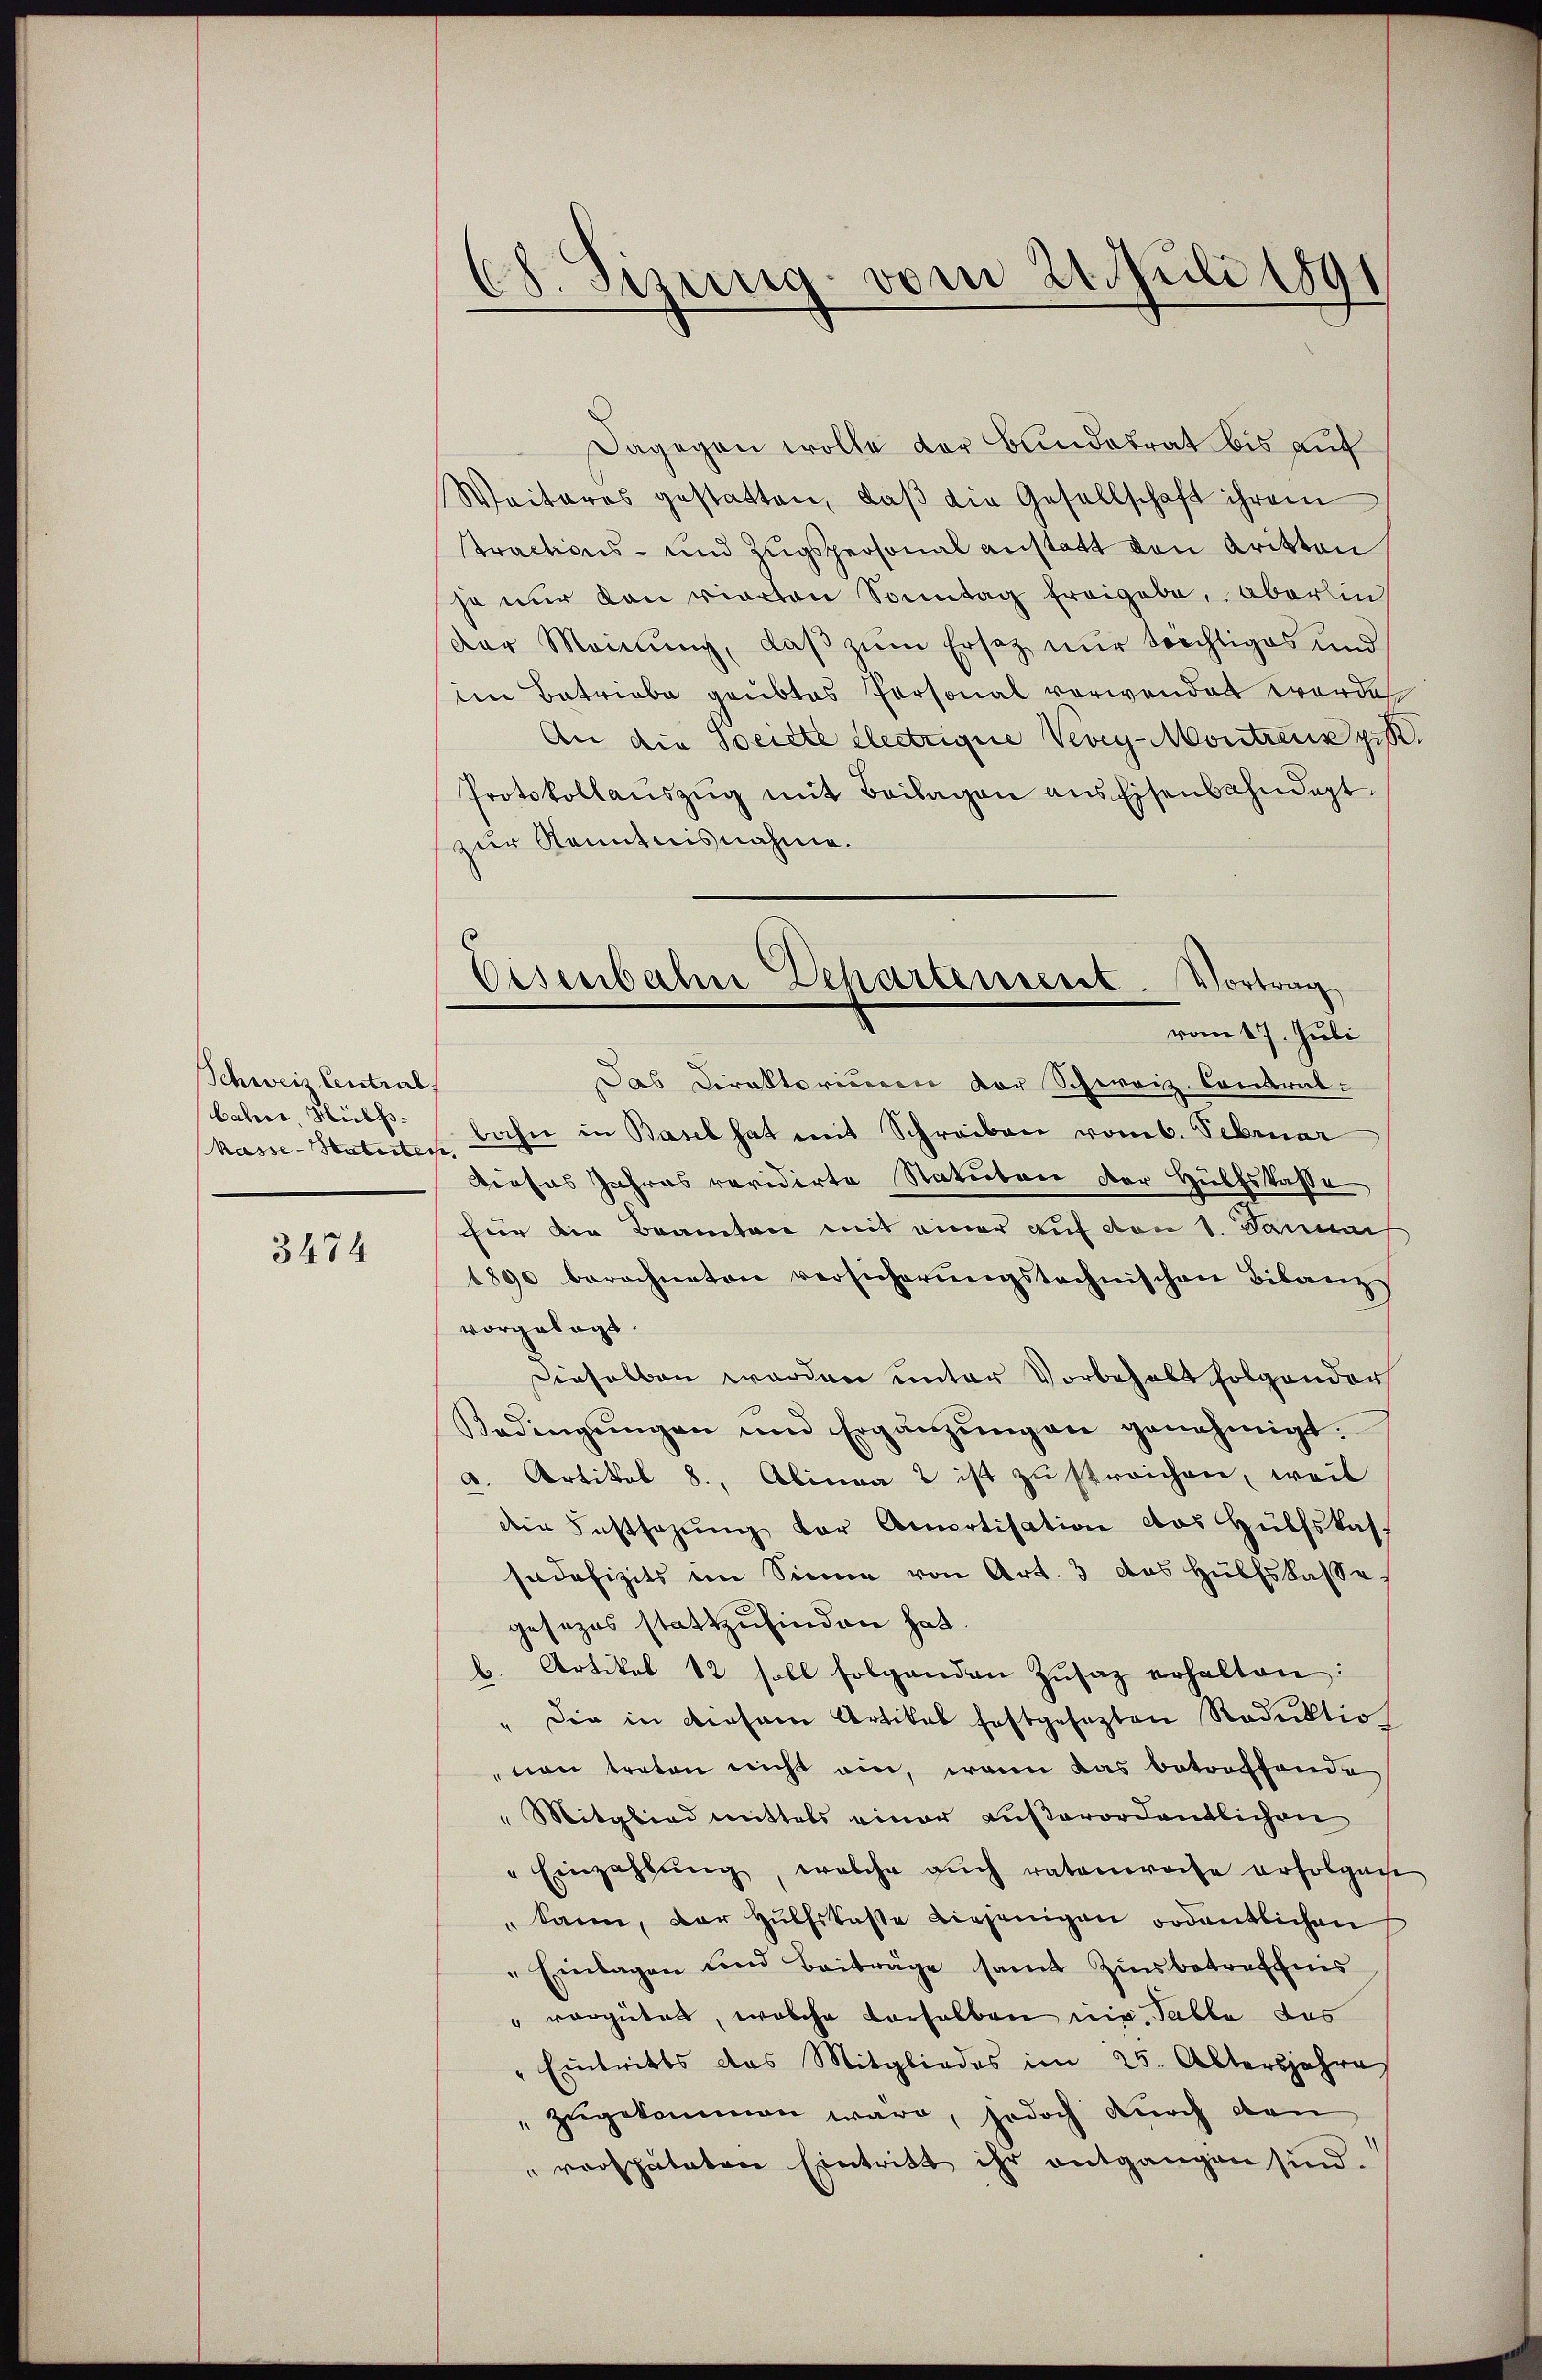
Schweis Central
bahre Hülfs
kasse - Hutertes,

3474

68. Sizung vom 21. Juli 1891

Dagegen wolle der Bundetrat bis auf
Weiteres gestatten, daβ die Gesellschaft ihrem
tractions- und Zugspersonal anstatt den Aritten
ja nur dann vierten Sonntag freigebe, aberin
Der Meinung, daß zum Ersatz nur trechtiges und
in Betriebe geübtes Personal verwendet werde
An die Societe Electrigue Vevey-Montrens zi
Protokollaŭszŭg mit Beilagen aus Eisenbahndagt
zur Kenntnisnahme.
Das Direktoriinen der Schweiz. Contral-
bahn in Basel hat mit Schreiben vom 6. Februar
Dieses Jahres revidirte Statuten der Hülfskasse
fier die Beamten mit einer auf von 1. Janu
1890 berechneten versicherŭngstochnischen Bilanzs
vorgelegt
Dieselben werden unter Vorbehalt folgender
Bedingŭngen und Ergänzŭngen genehmigt.
a. Artikel 8., Alinea 2 ist zu streichen, weil
die Festsetzŭng der Amortisation das Hülfskas
sadefizits im Sinne von Art. 3 des Hülfskasse.
gesezes stattzufinden hat.
b. Artikel 12 soll folgenden Zŭsaz erhalten:
" Die in diesem Artikal festgesezten Roduktio
non treten nicht ein, wenn das betreffende
" Mitglied mittels einer außerordentlichen
" Einzahlŭng, welche aŭch ratenwoche erfolgen
" kann, der Hülfskasse diejenigen ordentlichen
" Einlagen und Beiträge samt Zinsbetreffens
" vergütet, welche derselben nig. Table das
Eintritts das Mitgliedes im 25. Altersjahre
 zugekommen wäre, jedoch durch den
" verspäteten Eintritt ihr entgangen sind.

Eisenbahn Dehartensent. Vortrag
vom 17. Juli